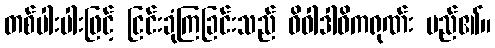
တစ်ပါးပါးဖြင့် ငြင်းခုံကြခြင်းသည် ဝိဝါဒါဓိကရုဏ်း မည်၏။